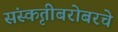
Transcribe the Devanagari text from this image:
संस्कृतीबरोबरचे